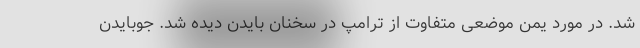
شد. در مورد یمن موضعی متفاوت از ترامپ در سخنان بایدن دیده شد. جوبایدن